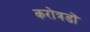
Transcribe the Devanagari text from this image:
करोत्रडों